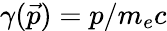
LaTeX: \gamma(\vec{p})=p/m_{e}c